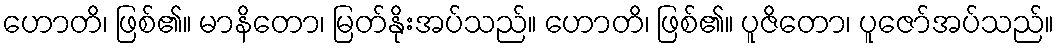
ဟောတိ၊ ဖြစ်၏။ မာနိတော၊ မြတ်နိုးအပ်သည်။ ဟောတိ၊ ဖြစ်၏။ ပူဇိတော၊ ပူဇော်အပ်သည်။